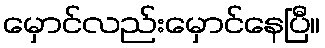
မှောင်လည်းမှောင်နေပြီ။